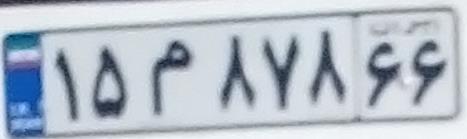
‍۱۵م۸۷۸۶۶